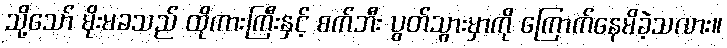
သို့သော် မိုးမခသည် ထိုကားကြီးနှင့် စက်ဘီး ပွတ်သွားမှာကို ကြောက်နေမိခဲ့သလား။